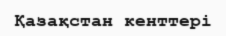
Қазақстан кенттері